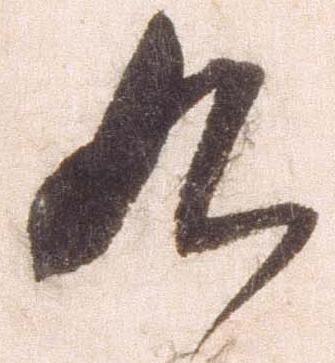
九